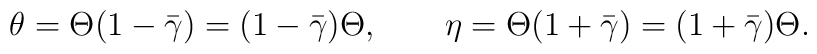
\theta=\Theta(1-\bar\gamma)=(1-\bar\gamma)\Theta, \qquad\eta=\Theta(1+\bar\gamma)=(1+\bar\gamma)\Theta.